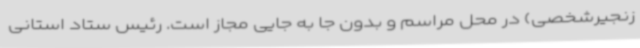
زنجیرشخصی) در محل مراسم و بدون جا به جایی مجاز است. رئیس ستاد استانی